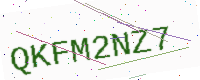
Text: QKFM2NZ7